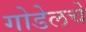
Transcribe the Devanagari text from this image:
गोडेलचे